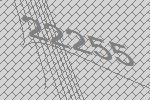
22255